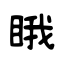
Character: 睋